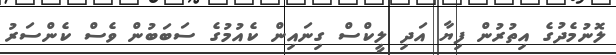
ލޮނުމެދުގެ އިތުރުން ފިޔާ އަދި ލީކްސް ގިނައިން ކެއުމުގެ ސަބަބުން ވެސް ކެންސަރު